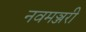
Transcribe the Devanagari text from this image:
नवमञ्जरी